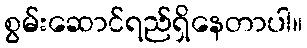
စွမ်းဆောင်ရည်ရှိနေတာပါ။